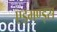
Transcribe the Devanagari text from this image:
एड्मण्ड्स